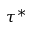
\tau ^ { * }